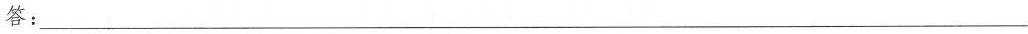
答：___